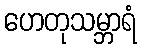
ဟေတုသမ္ဘာရံ